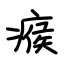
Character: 瘊